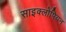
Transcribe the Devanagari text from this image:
साइक्लोपियन